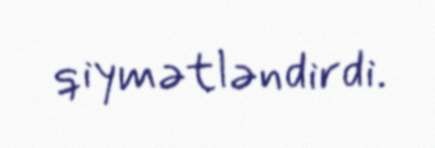
qiymətləndirdi.